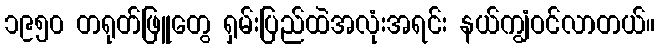
၁၉၅၀ တရုတ်ဖြူတွေ ရှမ်းပြည်ထဲအလုံးအရင်း နယ်ကျွံဝင်လာတယ်။